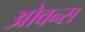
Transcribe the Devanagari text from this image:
ओवन्स